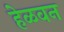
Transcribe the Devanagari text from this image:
हेळवन